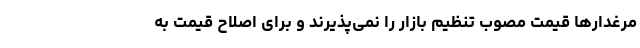
مرغدارها قیمت مصوب تنظیم بازار را نمی‌پذیرند و برای اصلاح قیمت به